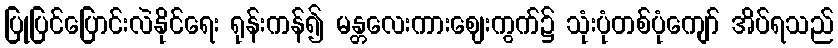
ပြုပြင်ပြောင်းလဲနိုင်ရေး ရုန်းကန်၍ မန္တလေးကားဈေးကွက်၌ သုံးပုံတစ်ပုံကျော် အိပ်ရသည်